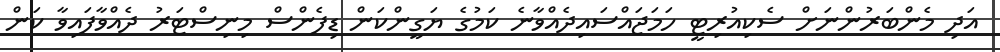
އަދި މެންބަރުންނަށް ސެކިއުރިޓީ ހަމަޖައްސައިދެއްވާނެ ކަމުގެ ޔަގީންކަން ޑިފެންސް މިނިސްޓަރު ދެއްވާފައިވާ ކަން